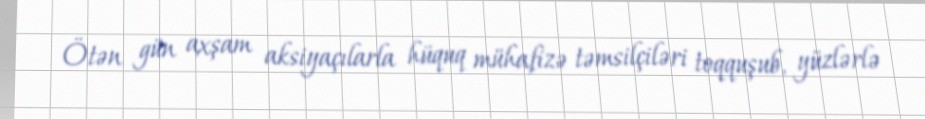
Ötən gün axşam aksiyaçılarla hüquq mühafizə təmsilçiləri toqquşub, yüzlərlə